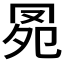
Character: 𦊗